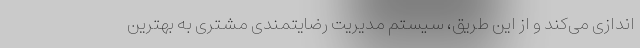
اندازی می‌کند و از این طریق، سیستم مدیریت رضایتمندی مشتری به بهترین